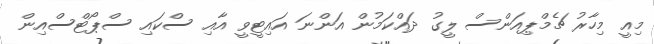
މިއީ މިހާރު ޗެމްޕިއަންސް ލީގު ދައްކަމުން އަންނަ އައިޓީވީ އާއި ސްކައި ސްޕޯޓްސްއިން